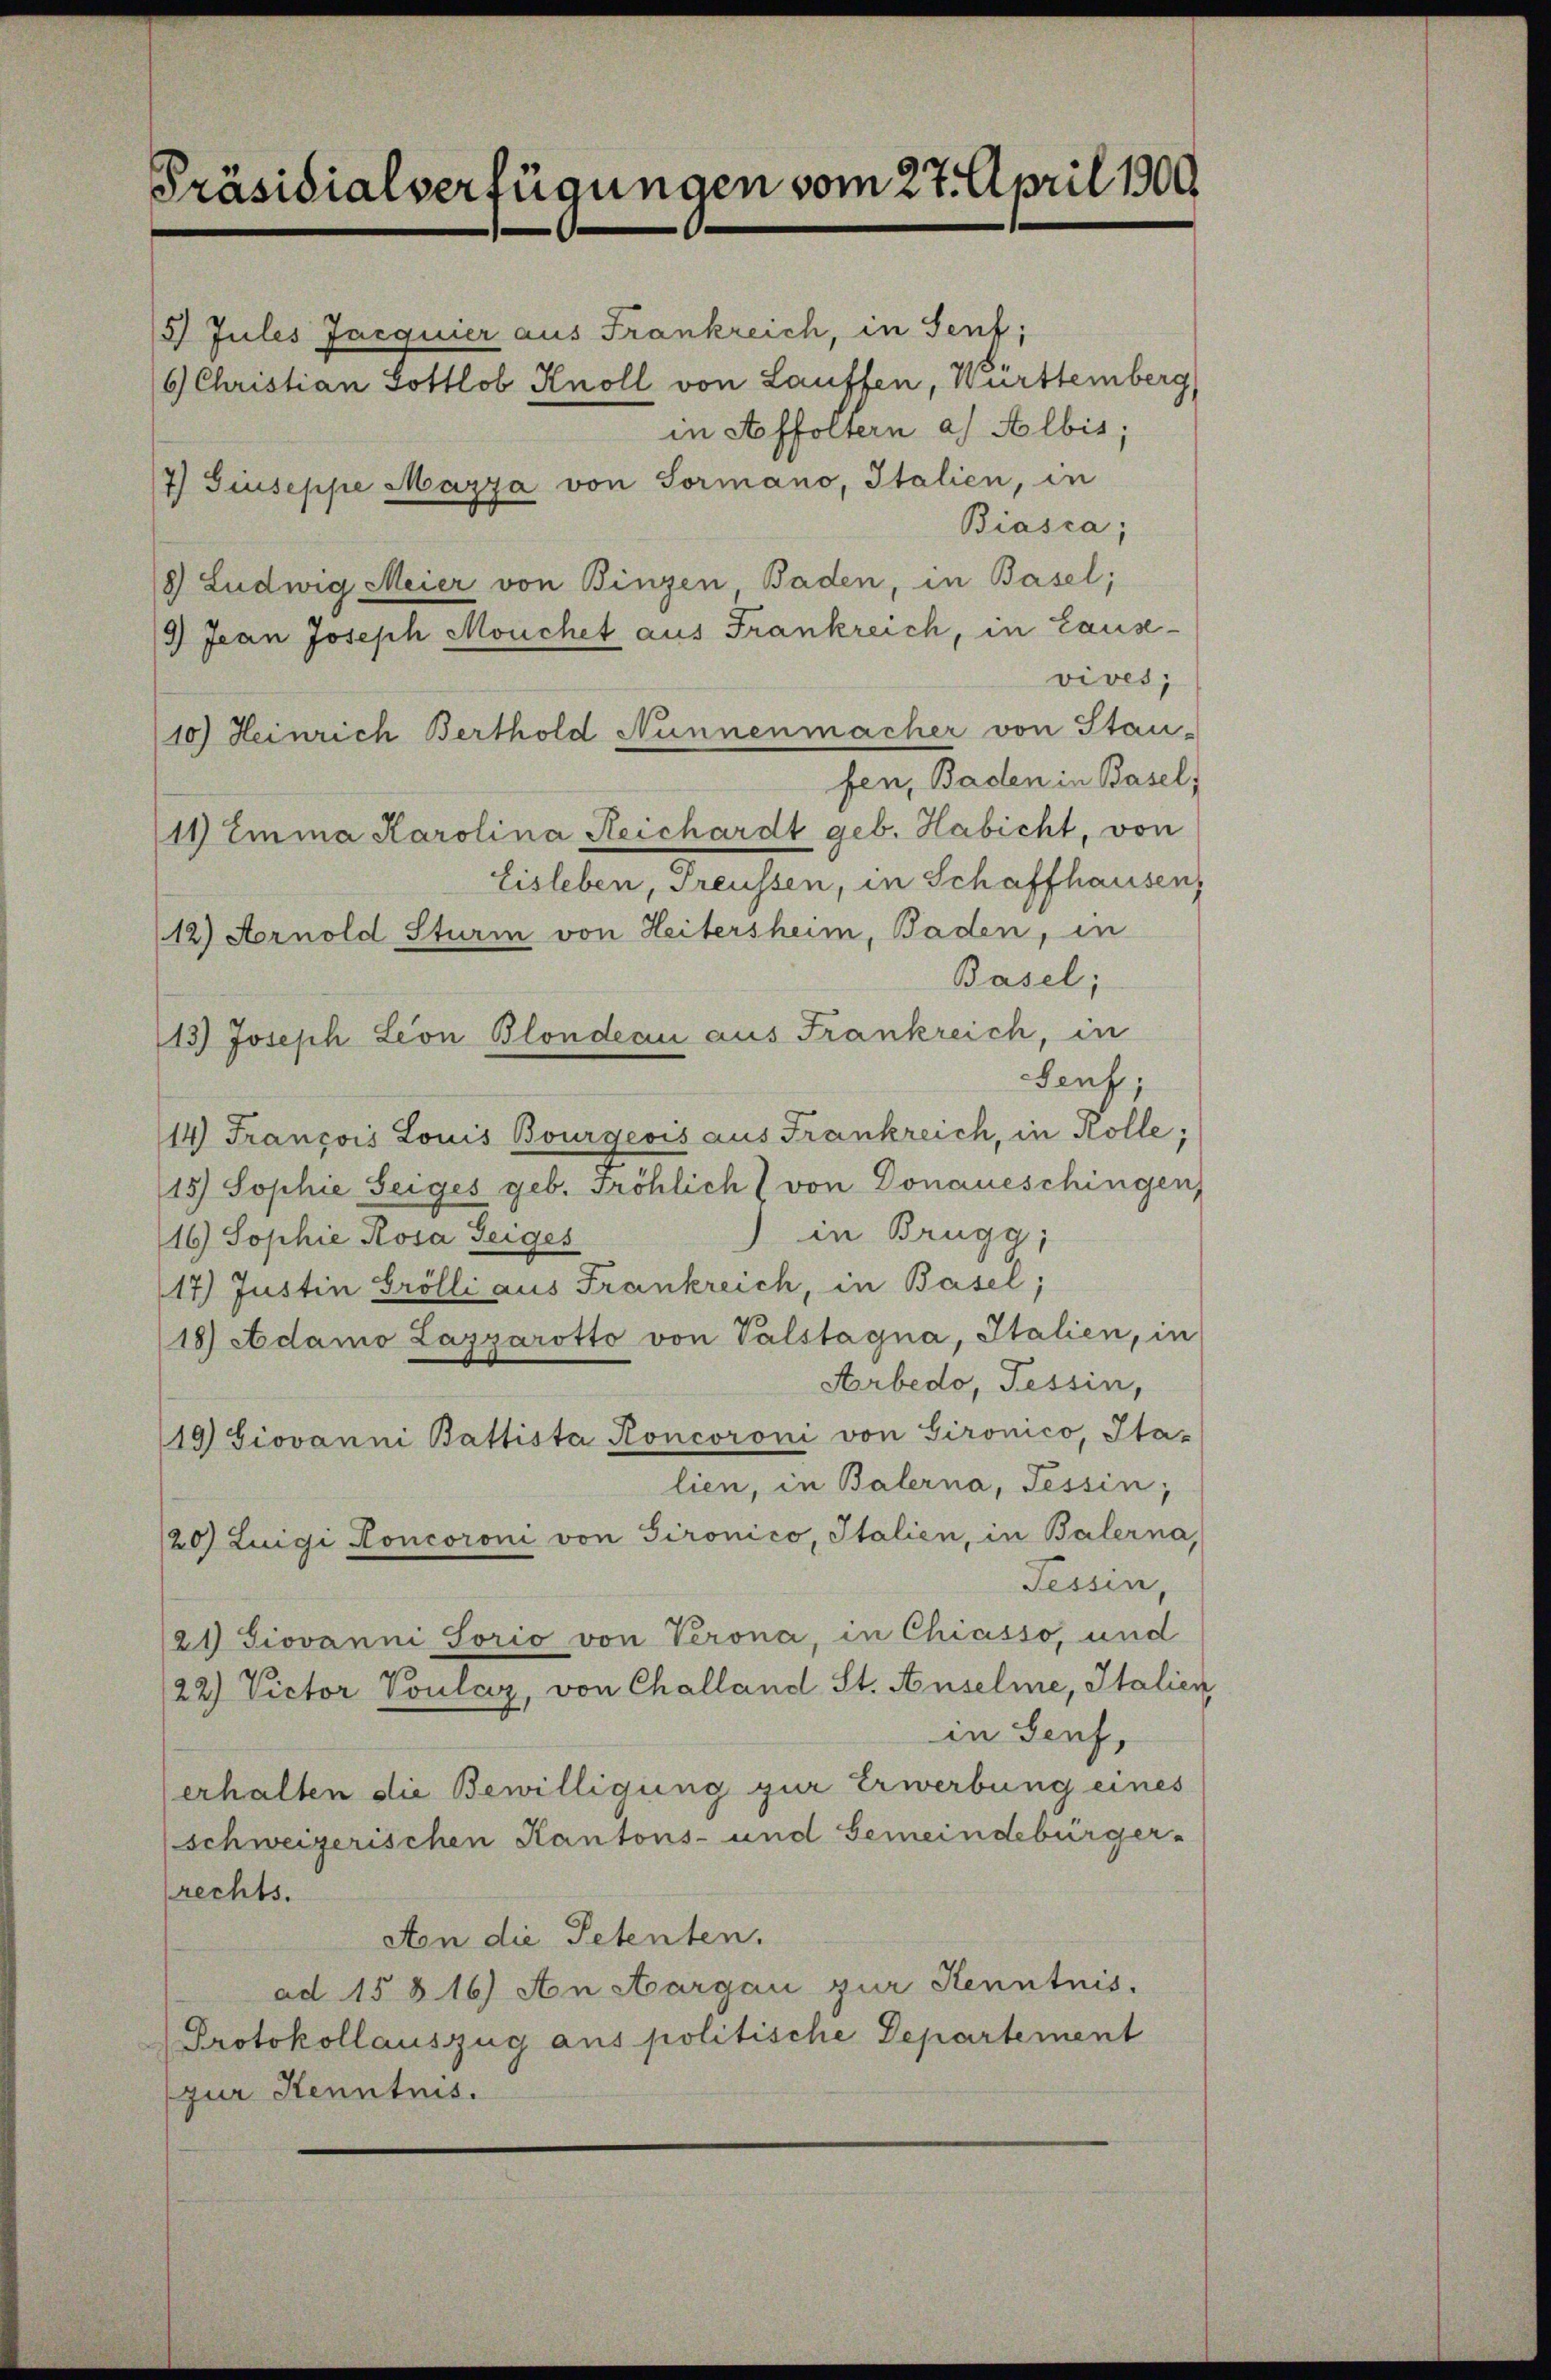
Präsidialverfügungen vom 27. April 1900.

5 Jules Jacquier aus Frankreich, in Sent;
6) Christian Gottlob Knoll von Lauffen, Württemberg
in Affoltern a) Albis;
7) Giuseppe Mazza von Sormano, Italien, in
Biasca,
8) Ludwig Meier von Binzen Baden, in Basel;
/9) Jean Joseph Mouchet aus Frankreich, in Lause-
vives;
10) Heinrich Berthold Nünnenmacher von Stau-
fen, Baden in Basel,
11 Emma Karolina Reichardt geb. Habicht, von
Eisleben, Treussen, in Schaffhausen,
(12) Arnold Sturm von Heitersheim, Baden, in
Basel;
113) Joseph Leon Blondern aus Frankreich, in
Senf,
14) Francois Louis Bourgeois aus Frankreich, in Kolle;
15) Sophie Seiges geb. Fröhlich von Donaueschingen,
) in Brugg,
16) Sophie Rosa Geiges
17) Justin Grölli aus Frankreich, in Basel;
18) Adamo Lazyarotto von Valstagna, Italien, in
Arbedo, Tessin,
19) Giovanni Battista Roncoroni von Gironico, Ita-
lien, in Balerna, Tessin,
120) Luigi Koncoroni von Gironico, Italien, in Balerna,
Tessin,
21) Jiovanni Sorio von Verona, in Chiasso, und
22) Victor Voulaz, von Challand St. Anselme, Italien
in Genf,
erhalten die Bewilligung zur Erwerbung eines
(schweizerischen Kantons- und Gemeindebürger-
Prechts.
Aon die Petenten.
ad 15816) An Aargau zur Kenntnis.
Protokollauszug aus politische Departement
zur Kenntnis.